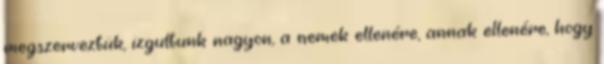
megszerveztük, izgultunk nagyon, a nemek ellenére, annak ellenére, hogy